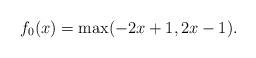
LaTeX: \begin{align*} f_0(x)= \max(-2x+1, 2x - 1).\end{align*}